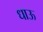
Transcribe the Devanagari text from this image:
धाऊ